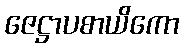
ဇေဋ္ဌာပစာယိကော